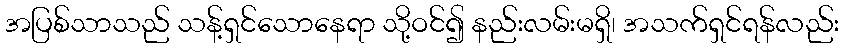
အပြစ်သာသည် သန့်ရှင်သောနေရာ သို့ဝင်၍ နည်းလမ်းမရှိ၊ အသက်ရှင်ရန်လည်း